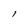
Character: l